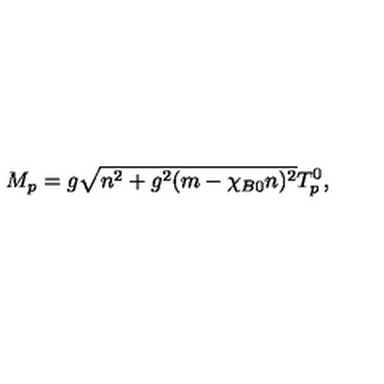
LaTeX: M _ { p } = g \sqrt { n ^ { 2 } + g ^ { 2 } ( m - \chi _ { B 0 } n ) ^ { 2 } } T _ { p } ^ { 0 } ,